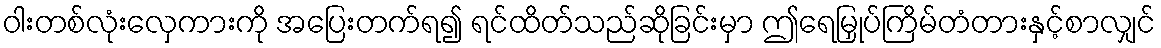
ဝါးတစ်လုံးလှေကားကို အပြေးတက်ရ၍ ရင်ထိတ်သည်ဆိုခြင်းမှာ ဤရေမြှုပ်ကြိမ်တံတားနှင့်စာလျှင်